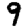
Digit: 9